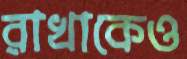
রাখাকেও